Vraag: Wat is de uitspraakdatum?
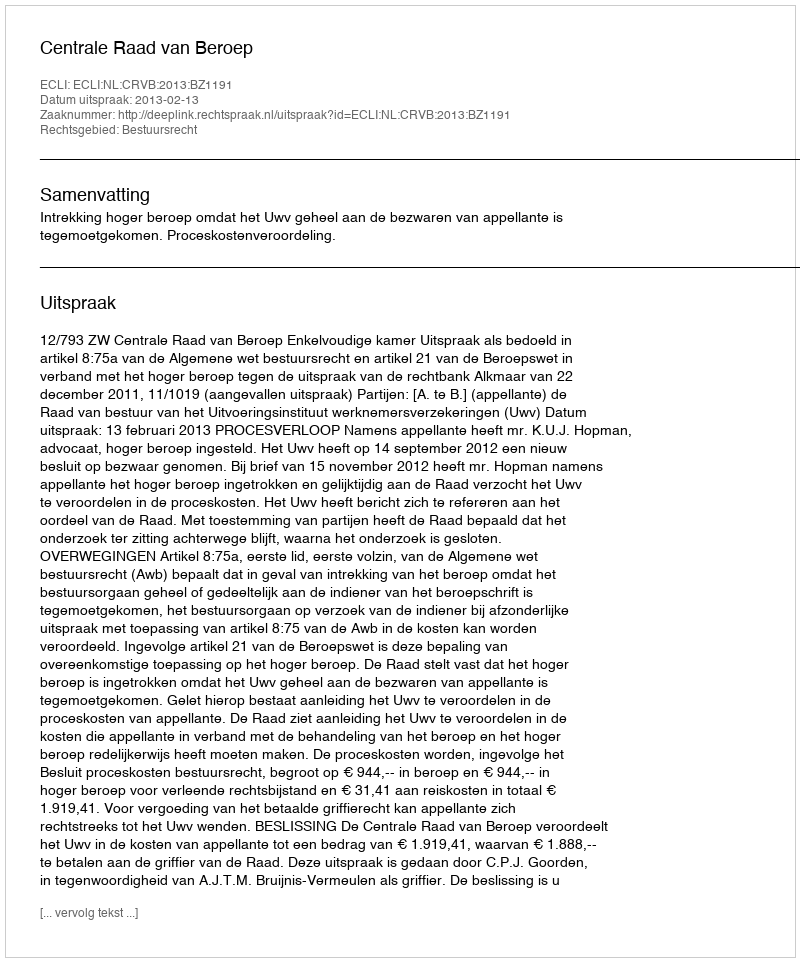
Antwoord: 2013-02-13